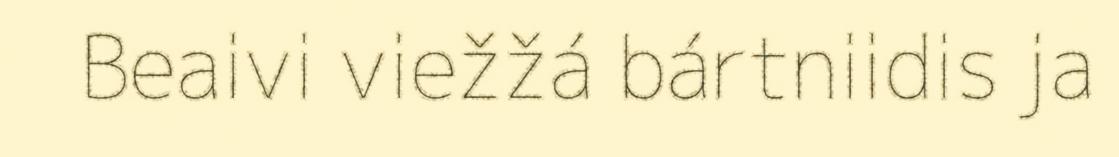
Beaivi viežžá bártniidis ja